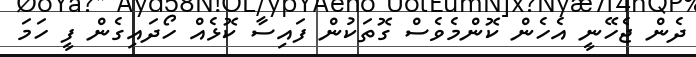
ދެން ޖެހޭނީ އެހެން ކޮންމެވެސް ގޮތަކުން ފައިސާ ކޮޅެއް ހޯދައިގެން ފީ ހަމަ